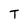
Character: T